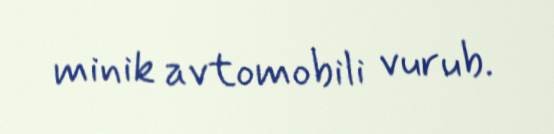
minik avtomobili vurub.